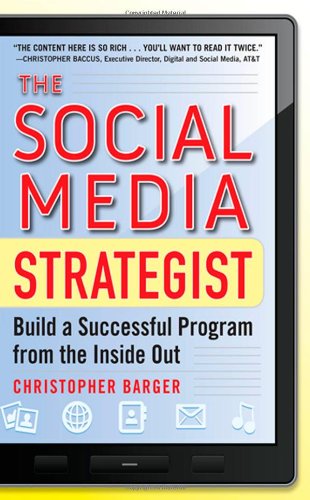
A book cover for The Social Media Strategist:  Build a Successful Program from the Inside Out; Christopher Barger; Computers & Technology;